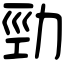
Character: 勁